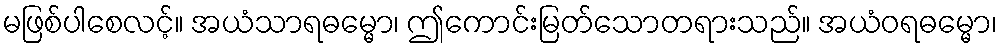
မဖြစ်ပါစေလင့်။ အယံသာရဓမ္မော၊ ဤကောင်းမြတ်သောတရားသည်။ အယံဝရဓမ္မော၊